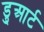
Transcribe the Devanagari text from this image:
डु्आर्ट